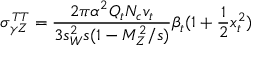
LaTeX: \sigma _ { \gamma Z } ^ { T T } = \frac { 2 \pi \alpha ^ { 2 } Q _ { t } N _ { c } v _ { t } } { 3 s _ { W } ^ { 2 } s ( 1 - M _ { Z } ^ { 2 } / s ) } \beta _ { t } ( 1 + \frac { 1 } { 2 } x _ { t } ^ { 2 } )